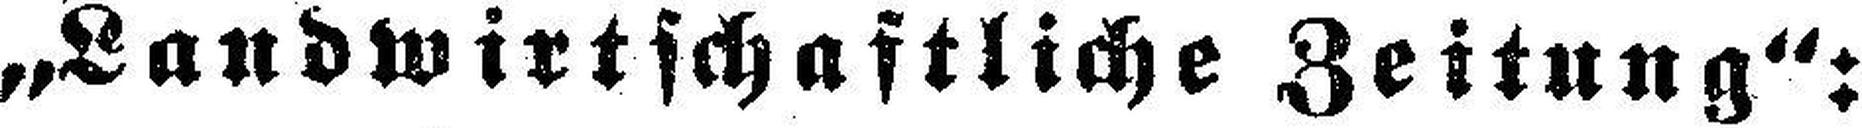
„Landwirtschaftliche Zeitung“: